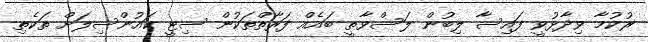
ރުކުމާ ވިދާޅުވީ ފައިސާ ލިބުން ލަސްވާތީ ބައެއް ފަރާތްތަކުން ސިޓީ ކައުންސިލަށް ތަކެތި